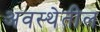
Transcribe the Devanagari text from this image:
अवस्‍थेतील